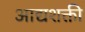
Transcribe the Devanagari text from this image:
आद्यशक्ती